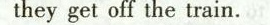
they get off the train.